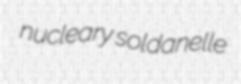
nucleary soldanelle